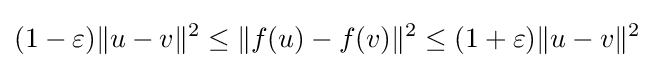
(1-\varepsilon )\|u-v\|^{2}\leq \|f(u)-f(v)\|^{2}\leq (1+\varepsilon )\|u-v\|^{2}